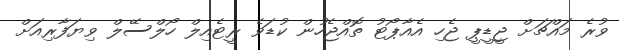
ވުރެ މައްޗަށް ޖީޑީޕީ ޖެހި އެއާޕޯޓު ތޮއްޖެހުން ކުޑަވެ ރީޓެއިލް ހޯލްސޭލް ވިޔަފާރިއަށް